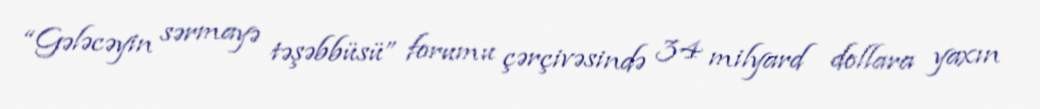
“Gələcəyin sərmayə təşəbbüsü” forumu çərçivəsində 34 milyard dollara yaxın